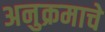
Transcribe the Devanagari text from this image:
अनुक्रमाचे